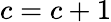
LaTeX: c=c+1